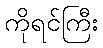
ကိုရင်ကြီး